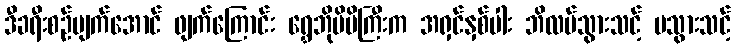
ဒီခရီးစဉ်ပျက်အောင် ဖျက်ကြောင်း ရွှေဘိုမိမိကြီးက အရှင်နှစ်ပါး ဘိလပ်သွားသင့် မသွားသင့်